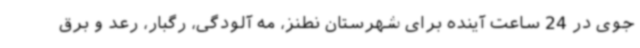
جوی در 24 ساعت آینده برای شهرستان نطنز، مه آلودگی، رگبار، رعد و برق